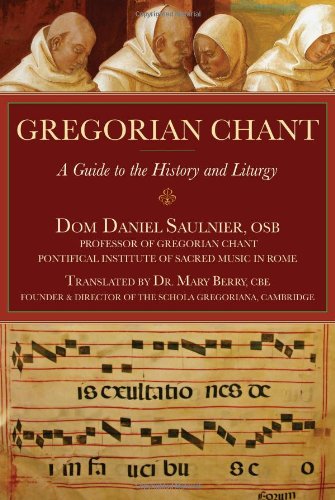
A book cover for Gregorian Chant: A Guide to the History and Liturgy; Dr. Daniel Saulnier; Christian Books & Bibles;